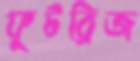
ফুটব্রিজ